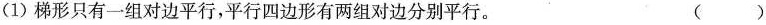
(1)梯形只有一组对边平行，平行四边形有两组对边分别平行。 ( )